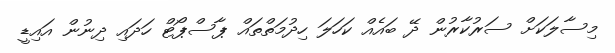
މިސާލަކަށް ސަރުކާރުން ދޭ ބައެއް ކަހަލަ ހިދުމަތްތައް ޕާސްޕޯޓް ހަދައި ދިނުން އައިޑީ